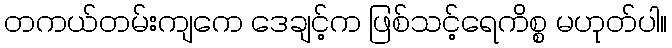
တကယ်တမ်းကျကေ ဒေချင့်က ဖြစ်သင့်ရေကိစ္စ မဟုတ်ပါ။